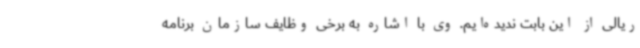
ریالی از این بابت ندیده‌ایم. وی با اشاره به برخی وظایف سازمان برنامه